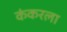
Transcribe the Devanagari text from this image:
कंकरला